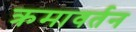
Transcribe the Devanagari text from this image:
क्रमावर्तन